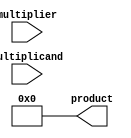
module booth_multiplier #(parameter WIDTH = 8) (
    input signed [WIDTH-1:0] multiplicand,
    input signed [WIDTH-1:0] multiplier,
    output reg signed [2*WIDTH-1:0] product
);

// Booth Encoding Unit
reg [WIDTH+1:0] booth_multiplier_reg;
reg [WIDTH:0] partial_products [0:WIDTH]; // Array to hold partial products
integer i;

// Generate Partial Products
always @(*) begin
    booth_multiplier_reg = {2'b0, multiplier}; // Extend multiplier for encoding
    product = 0; // Initialize product

    // Booth encoding and partial product generation
    for (i = 0; i < WIDTH; i = i + 1) begin
        case (booth_multiplier_reg[1:0])
            2'b00: partial_products[i] = 0; // 0
            2'b01: partial_products[i] = multiplicand << i; // +M
            2'b10: partial_products[i] = -multiplicand << i; // -M
            2'b11: partial_products[i] = 0; // 0
        endcase
        booth_multiplier_reg = {booth_multiplier_reg[WIDTH+1:2], 1'b0}; // Shift right
    end
end

// Wallace Tree Reduction
wire [WIDTH:0] sum [0:WIDTH]; // Sums for Wallace tree
wire [WIDTH:0] carry [0:WIDTH]; // Carries for Wallace tree

// Initial stage of Wallace tree reduction
generate
    genvar j;
    for (j = 0; j < WIDTH; j = j + 1) begin: reduction
        if (j == 0) begin
            assign sum[j] = partial_products[j][WIDTH:0];
            assign carry[j] = 0;
        end else begin
            // Full adder for three inputs
            wire [WIDTH:0] a = partial_products[j][WIDTH:0];
            wire [WIDTH:0] b = partial_products[j-1][WIDTH:0];
            wire [WIDTH:0] c = (j > 1) ? partial_products[j-2][WIDTH:0] : 0;

            assign {carry[j], sum[j]} = a + b + c;
        end
    end
endgenerate

// Final addition stage
always @(*) begin
    product = 0;
    for (i = 0; i < WIDTH; i = i + 1) begin
        product = product + (sum[i] + carry[i]);
    end
end

endmodule